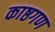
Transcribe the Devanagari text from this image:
काष्ठगण